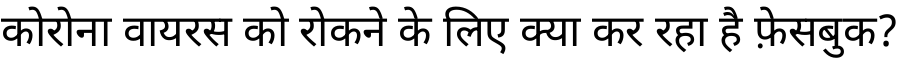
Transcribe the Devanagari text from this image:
कोरोना वायरस को रोकने के लिए क्या कर रहा है फ़ेसबुक?